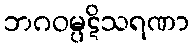
ဘဂဝမ္ပဋိသရဏာ